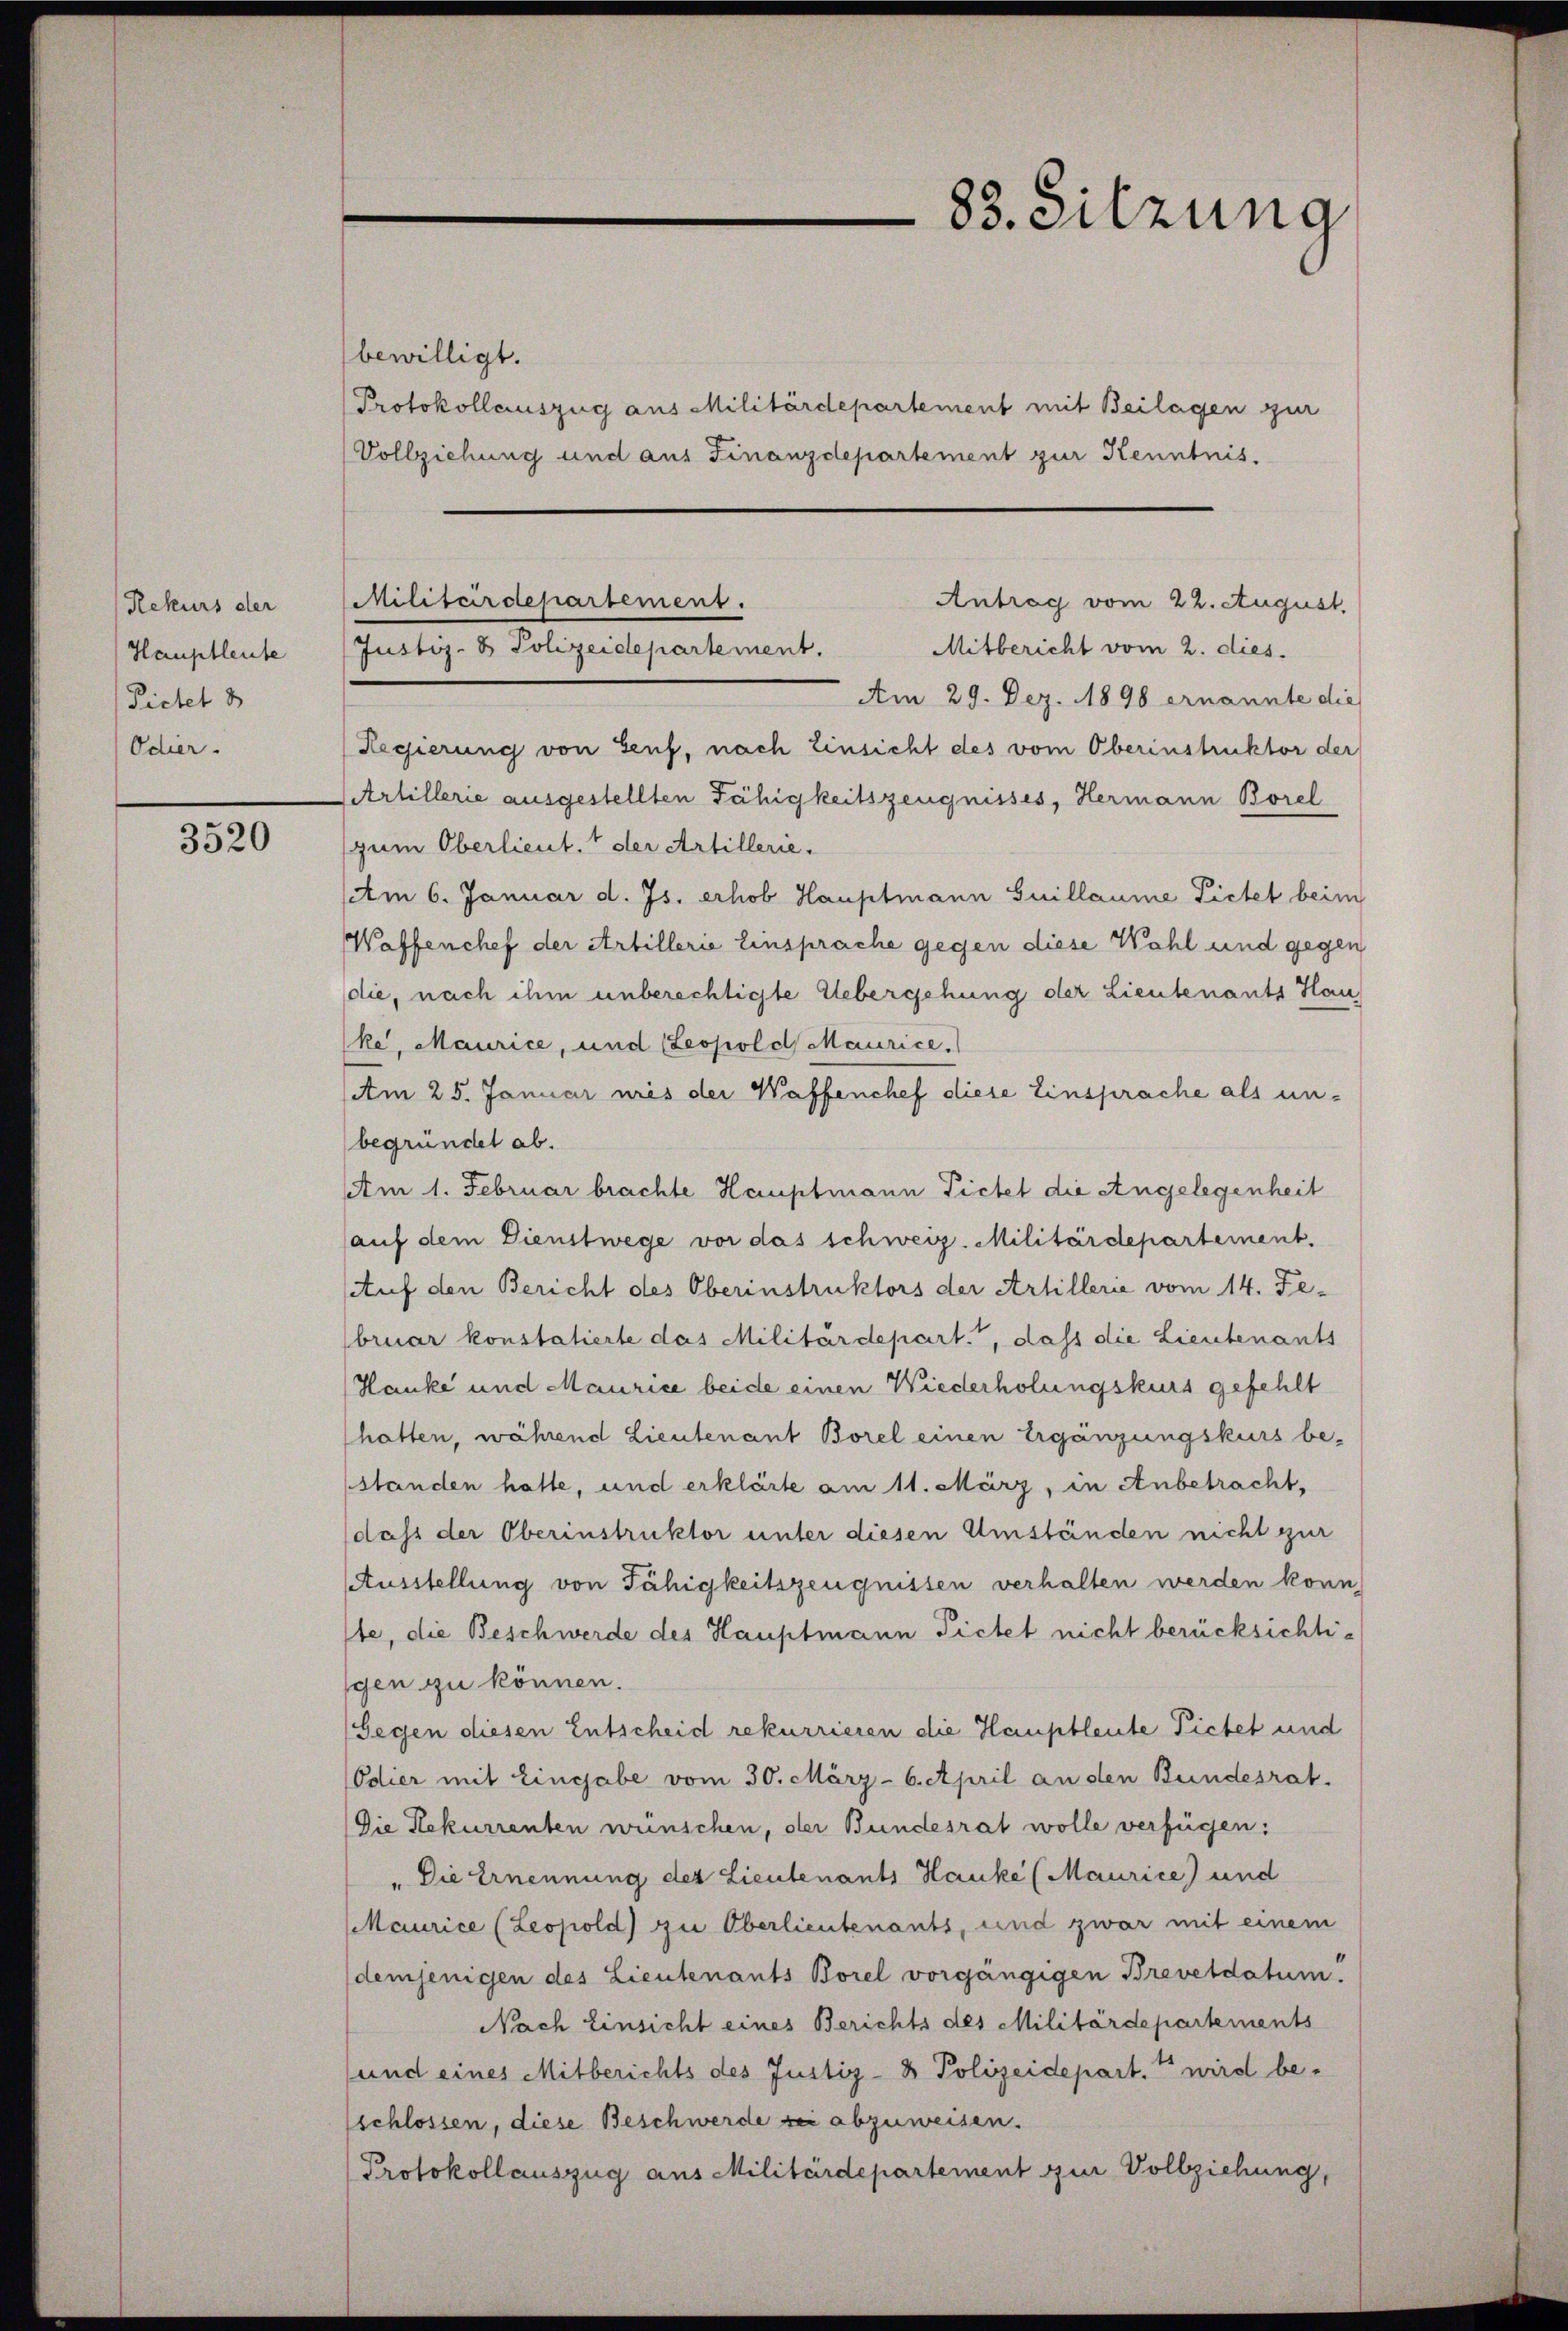
Rekurs der
Hauptleute
Pietet 3
Odier.

3520

bewilligt.

83. Sitzung

Protokollauszug aus Militärdepartement mit Beilagen zur
Vollziehung und aus Finanzdepartement zur Kenntnis.
Am 29. Dez. 1898 ernannte die
Regierung von Senf, nach Einsicht des vom Oberinstruktor der
Artillerie ausgestellten Fähigkeitszeugnisses, Hermann Borel
(zum Oberlieut. der Artillerie.
Am 6. Januar d. Js. erhob Hauptmann Guillaume Pietet beim
Waffenchef der Artillerie Einsprache gegen diese Wahl und gegen
die, nach ihm unberechtigte Uebergehung der Lieutenants Hau
ke, Maurice, und Leopold Maurice,
Am 25. Januar nies der Waffenchef diese Einsprache als un-
begründet ab.
Am 1. Februar brachte Hauptmann Pietet die Angelegenheit
auf dem Dienstwege vor das schweiz. Militärdepartement.
Auf den Bericht des Oberinstruktors der Artillerie vom 14. Februar konstatierte das Militärdepart., dass die Lieutenants
Hanke und Maurice beide einen Wiederholungskurs gefehlt
hatten, während Lieutenant Borel einen Ergänzungskurs be-
(ständen hatte, und erklärte am 11. März, in Anbetracht,
dass der Oberinstruktor unter diesen Umständen nicht zur
Ausstellung von Fähigkeitszeugnissen verhalten werden könn,
ste, die Beschwerde des Hauptmann Fictet nicht berücksichtigen zu können.
Gegen diesen Entscheid rekurrieren die Hauptleute Pietet und
(Odier mit Eingabe vom 30. März - 6. April an den Bundesrat.
Die Rekurrenten wünschen, der Bundesrat wolle verfügen:
" Die Ernennung der Lieutenants Hauke (Maurice) und
Maurice (Leopold) zu Oberlieutenants, und zwar mit einem
demjenigen des Lieutenants Borel vorgängigen Brevetdatum.
Nach Einsicht eines Berichts des Militärdepartements
und eines Mitberichts des Justiz- & Polizeidepart. 1 wird beschlossen, diese Beschwerde sei abzuweisen.
Protokollauszug aus Militärdepartement zur Vollziehung,

Militärdepartement.
Antrag vom 22. August.
Mitbericht vom 2. dies
Justiz- & Polizeidepartement.